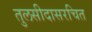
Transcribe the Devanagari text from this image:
तुलसीदासरचित